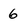
Character: 6